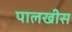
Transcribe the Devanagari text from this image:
पालखीस